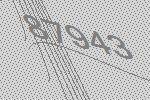
87943